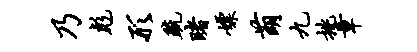
乃彪形疏睹嫖萌九挑章